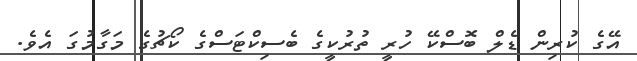
އޭގެ ކުރިން ޑެލް ބޮސްކޭ ހުރީ ތުރުކީގެ ބެސިކްޓަސްގެ ކޯޗުގެ މަގާމުގަ އެވެ.